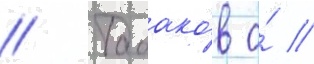
// Табако́в о́ //